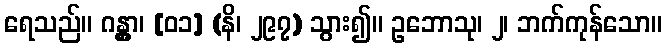
ရေသည်။ ဂန္တွာ၊ [၀၁] (နိ၊ ၂၉၇) သွား၍။ ဥဘောသု၊ ၂၊ ဘက်ကုန်သော။